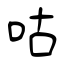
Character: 咕